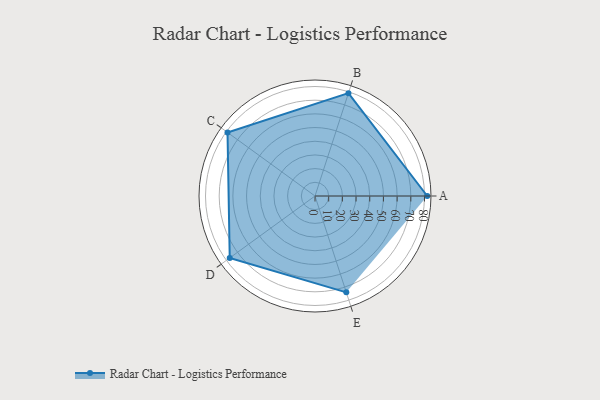
{"axis": {"x": "Skill", "y": "Score"}, "legend": ["Profile"], "data": [{"x": "A", "y": 82.0, "type": "Profile"}, {"x": "B", "y": 79.0, "type": "Profile"}, {"x": "C", "y": 79.0, "type": "Profile"}, {"x": "D", "y": 77.0, "type": "Profile"}, {"x": "E", "y": 74.0, "type": "Profile"}]}